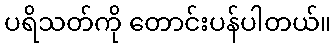
ပရိသတ်ကို တောင်းပန်ပါတယ်။